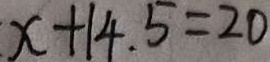
x + 1 4 . 5 = 2 0